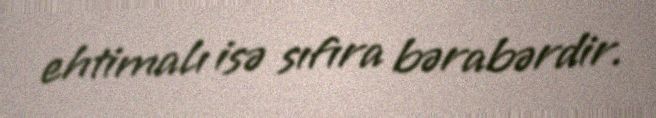
ehtimalı isə sıfıra bərabərdir.